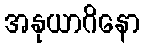
အနုယာဂိနော